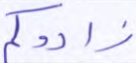
زادوكم